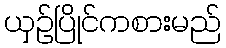
ယှဉ်ပြိုင်ကစားမည်